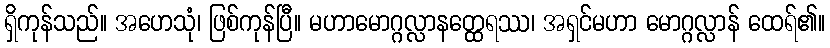
ရှိကုန်သည်။ အဟေသုံ၊ ဖြစ်ကုန်ပြီ။ မဟာမောဂ္ဂလ္လာနတ္ထေရဿ၊ အရှင်မဟာ မောဂ္ဂလ္လာန် ထေရ်၏။